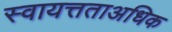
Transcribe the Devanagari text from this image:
स्वायत्तताअधिक